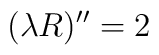
(\lambda R)^{\prime \prime} = 2